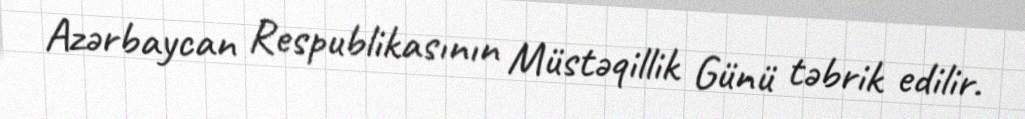
Azərbaycan Respublikasının Müstəqillik Günü təbrik edilir.